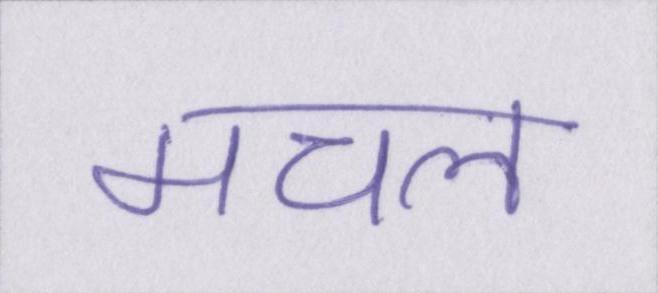
मचल